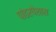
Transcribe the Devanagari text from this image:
पांढरपेशास